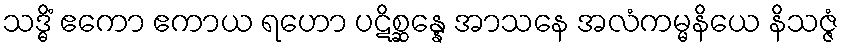
သဒ္ဓိံ ဧကော ဧကာယ ရဟော ပဋိစ္ဆန္နေ အာသနေ အလံကမ္မနိယေ နိသဇ္ဇံ